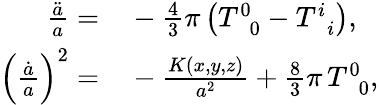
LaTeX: \begin{array}{rl}{\frac{\ddot{a}}{a}=}&{{}-\frac{4}{3}\pi\left(T_{\, \, \, 0}^{0}-T_{\, \, \, i}^{i}\right),}\\ {\left(\frac{\dot{a}}{a}\right)^{2}=}&{{}-\frac{K\left(x,y,z\right)}{a^{2}}+\frac{8}{3}\pi\, T_{\, \, \, 0}^{0},}\end{array}